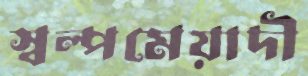
স্বল্পমেয়াদী